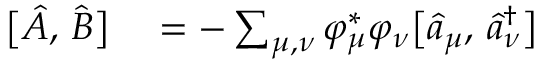
\begin{array} { r l } { \bigl [ \hat { A } , \, \hat { B } \bigr ] } & { { } = - \sum _ { \mu , \nu } \varphi _ { \mu } ^ { * } \varphi _ { \nu } \bigl [ \hat { a } _ { \mu } , \, \hat { a } _ { \nu } ^ { \dagger } \bigr ] } \end{array}